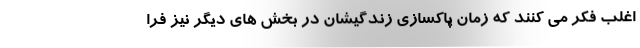
اغلب فکر می کنند که زمان پاکسازی زندگیشان در بخش های دیگر نیز فرا